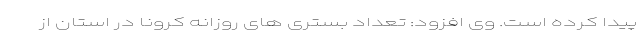
پیدا کرده است. وی افزود: تعداد بستری های روزانه کرونا در استان از